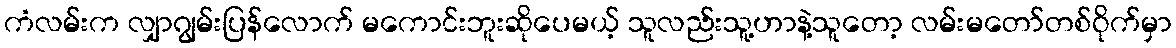
ကံလမ်းက လျှာဂျွမ်းပြန်လောက် မကောင်းဘူးဆိုပေမယ့် သူလည်းသူ့ဟာနဲ့သူတော့ လမ်းမတော်တစ်ဝိုက်မှာ